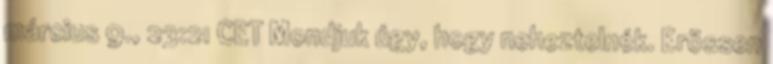
március 9., 23:21 CET Mondjuk úgy, hogy neheztelnék. Erössen